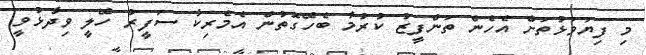
މި ފިޔަވަޅުތަށް އެހެން ތަންފީޒު ކުރުމާ ބެހޭގޮތުން އެމެރިކާ ސަފީރު ހޭލީ ވިދާޅުވީ